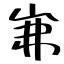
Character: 岪